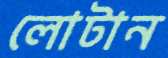
লোটান